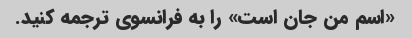
«اسم من جان است» را به فرانسوی ترجمه کنید.